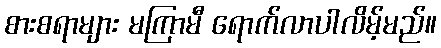
စားစရာများ မကြာမီ ရောက်လာပါလိမ့်မည်။